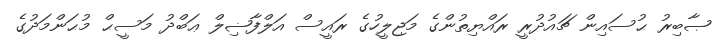
ޞާބިރު ޙުސައިން ޗައުދުރީ ރައްޔިތުންގެ މަޖިލީހުގެ ރައީސް އަލްފާޟިލް ޢަބްދު މަސީޙް މުޙަންމަދުގެ